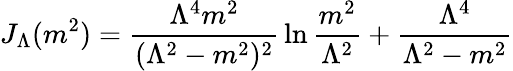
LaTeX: J_{\Lambda}(m^{2})={\frac{\Lambda^{4}m^{2}}{(\Lambda^{2}-m^{2})^{2}}}\ln{\frac{m^{2}}{\Lambda^{2}}}+{\frac{\Lambda^{4}}{\Lambda^{2}-m^{2}}}